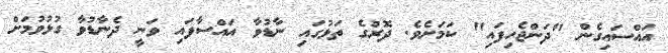
އައްސައިގެން "ދަންޖެހިފައި" ކަމަށެވެ. ދޮރުގެ ތަޅުގައި ނާޑުވާ އައްސާފައި ވަނީ ދެނާޑުވާ ގުޅުވުމަށް